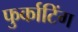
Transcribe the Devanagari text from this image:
फुर्काटिंग